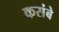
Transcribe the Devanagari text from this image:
कसंबे